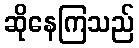
ဆိုနေကြသည်